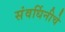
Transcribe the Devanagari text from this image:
संवर्धिनीचे